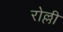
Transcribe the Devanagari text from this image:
रोल्ली